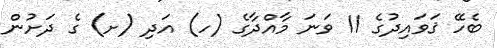
ބެހޭ ޤަވައިދުގެ 11 ވަނަ މާއްދާގެ (ހ) އަދި (ށ) ގެ ދަށުން